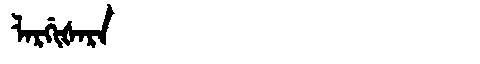
Manchu: ᠯᠠᡵᡤᡳᡧᠠᡵᠠ
Romanization: LARGIŠARA